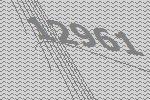
12961